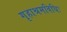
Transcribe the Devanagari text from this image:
गृहाश्रमविधिः